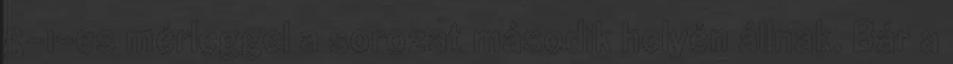
5-1-es mérleggel a sorozat második helyén állnak. Bár a